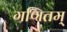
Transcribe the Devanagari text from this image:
गणितम्